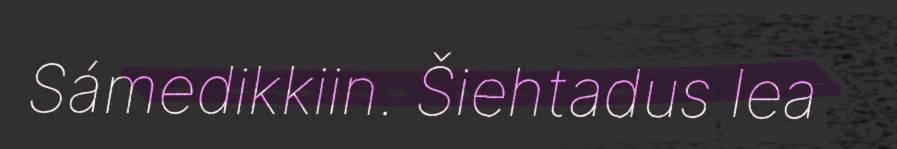
Sámedikkiin. Šiehtadus lea